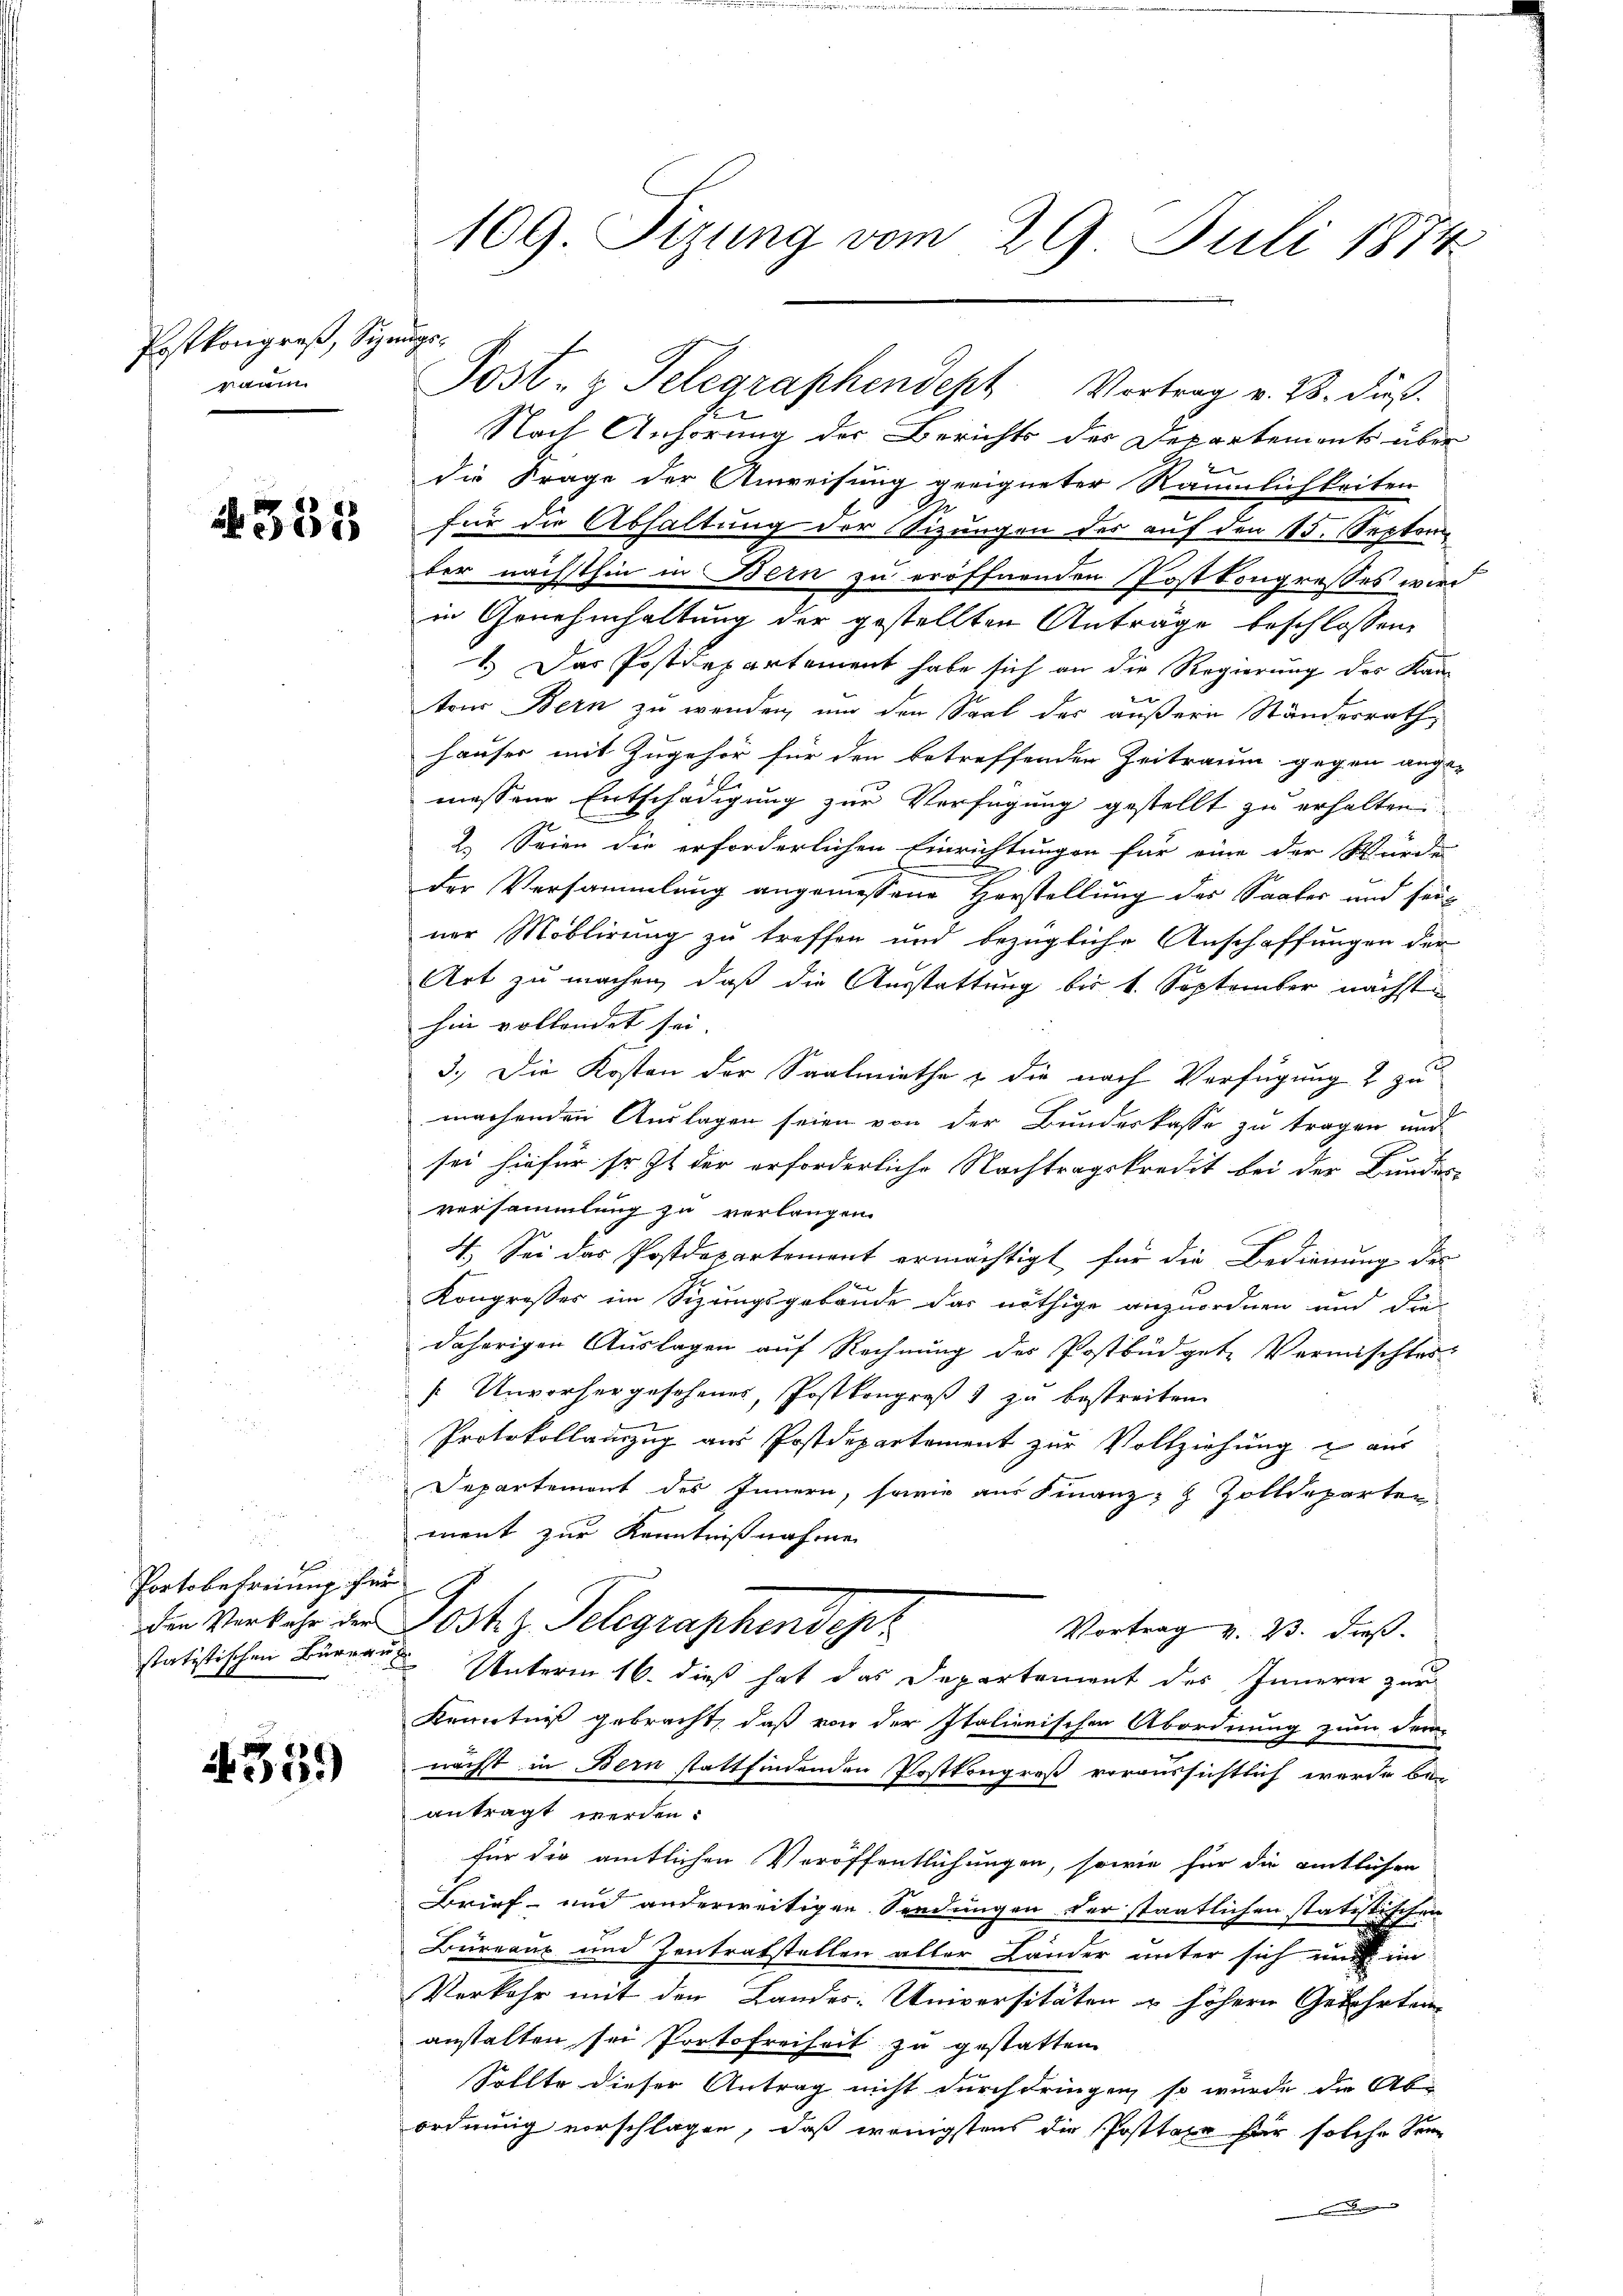
Postkongreß, Signungsraum

4351

b
Portobefreiung für
statitischen Büreaus

1359)

Nach Anhörung der Berichts des Departements über
g
die Frage der Anweisung geeigneter Räumlichkeiten
für die Abhaltung der Sizungen des auf den 15. Septem
ber nächsthin in Bern zu eröffnenden Postkongrosses wird
in Genehmhaltung der gestellten Anträge beschlossen:
 Das Postdepartement habe sich an die Regierung des Kan¬
8
ten Bern zu wenden, und den Saal der äußern Standesrath,
Hauser mit Zugehör für den betreffenden Zeitraum gegen ange-
messene Entschädigung zur Verfügung gestellt zu erhalten.
2.) Seien die erforderlichen Einrichtungen für eine der Würde
I
der Versammlung angemessene Herstellung des Saates und seiner Moblirung zu treffen und bezügliche Anschaffungen der
Art zu machen, daß die Ausstattung bis 1. September nächst
hin vollendet sei.
3.) Die Kosten der Saalmiethe & die nach Verfügung 2 zu
machenden Auslagen seien von der Bundeskasse zu tragen und
sei hiefür so it der erforderliche Nachtragskredit bei der Bundes-
versammlung zu verlangen.
4. Sei das Postdepartement ermächtigt für die Bedienung des
Kongresser im Sizungsgebäude das nöthige anzuordnen und die
daherigen Auslagen auf Rechnung der Postbüdgete Vermischtes
Unvorhergesehenes, Postkongreß zu bestreiten
Protokollanzug aus Postdepartement zur Vollziehung u aus
Departemont des Innern, sowie aus Finanz- Zolldeparten
ment zur Kenntnißnahme
die Verkehr der Jost z. Telegraphendenz
Vortrag v. 23. dieß.
Unterm 16. dieß hat das Departement des Innern zur
Kenntniß gebracht, daß von der Italienischen Abordnung zum Fer-
nächst in Bern stattfindenden Postkongreß voraussichtlich werde bei
antragt werden.
für die amtlichen Veröffentlichungen, sowie für die amtlichen
Brief- und anderweitigen Sendungen der staatlichen statistischen
Büreaus und Zentratstellen aller Länder unter sich auch im
Verkehr mit den Landes-Universitäten u höhern Gelehrten
anstalten sei Portofreiheit zu gestatten
Sollte dieser Antrag nicht durchdringen, so wurde die Ab-
ordnung vorschlagen, daß wenigstens die Posttaxe für solche Sein

109. Sizung vom 29. Juli 1874.

Post, z. Telegraphendept Vortrag v. 23. dieß.